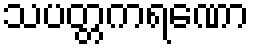
သပတ္တကရဏော